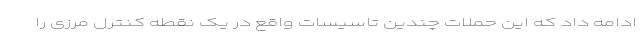
ادامه داد که این حملات چندین تاسیسات واقع در یک نقطه کنترل مرزی را